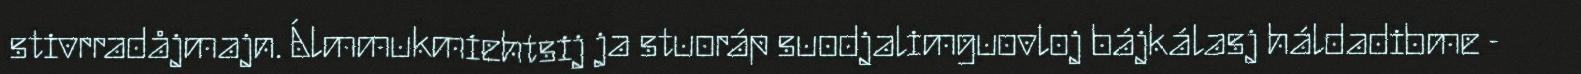
stivrradåjmajn. Álmmukmiehtsij ja stuoráp suodjalimguovloj bájkálasj háldadibme -